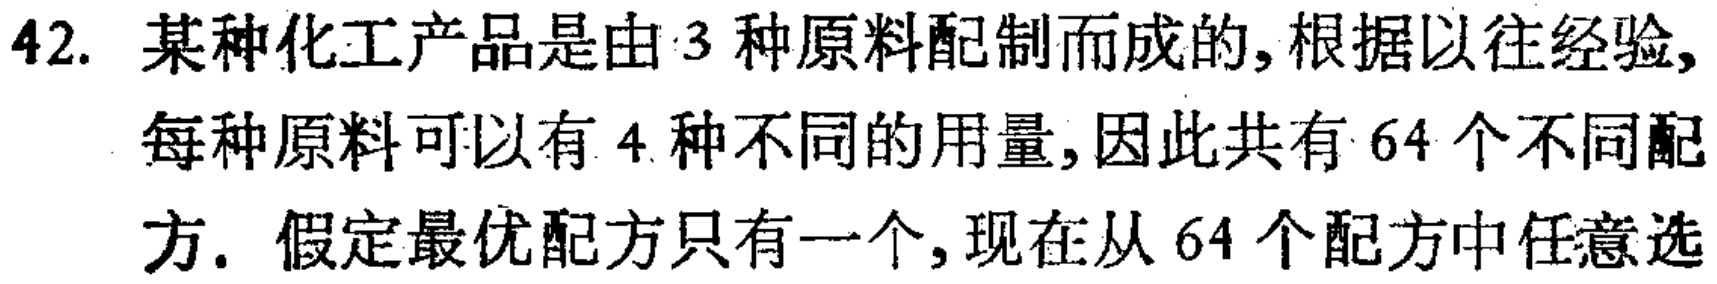
42. 某种化工产品是由3种原料配制而成的,根据以往经验,每种原料可以有4种不同的用量,因此共有64个不同配方. 假定最优配方只有一个,现在从64个配方中任意选